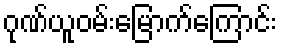
ဂုဏ်ယူဝမ်းမြောက်ကြောင်း